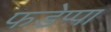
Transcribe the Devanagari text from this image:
फडेप्पा